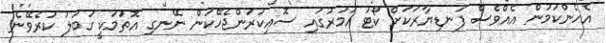
އެހެންކަމުން އެއްވެސް ފަނޑިޔާރަކަށް ކޯޓު އަމުރުގައި ސޮއިކުރަންޖެހޭކަން ނޭނގި އޮތުަމަކީ ގަބުލު ކުރެވޭނެ